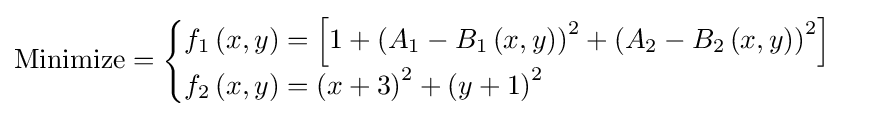
{\text{Minimize}}={\begin{cases}f_{1}\left(x,y\right)=\left[1+\left(A_{1}-B_{1}\left(x,y\right)\right)^{2}+\left(A_{2}-B_{2}\left(x,y\right)\right)^{2}\right]\\f_{2}\left(x,y\right)=\left(x+3\right)^{2}+\left(y+1\right)^{2}\\\end{cases}}